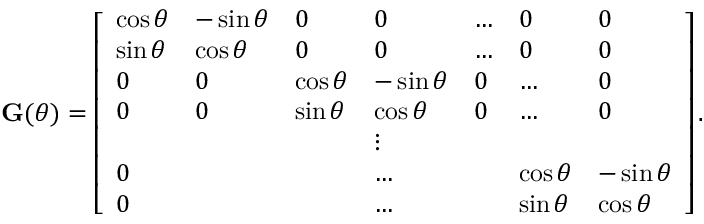
\mathbf G ( \theta ) = \left[ \begin{array} { l l l l l l l } { \cos { \theta } } & { - \sin { \theta } } & { 0 } & { 0 } & { \dots } & { 0 } & { 0 } \\ { \sin { \theta } } & { \cos { \theta } } & { 0 } & { 0 } & { \dots } & { 0 } & { 0 } \\ { 0 } & { 0 } & { \cos { \theta } } & { - \sin { \theta } } & { 0 } & { \dots } & { 0 } \\ { 0 } & { 0 } & { \sin { \theta } } & { \cos { \theta } } & { 0 } & { \dots } & { 0 } \\ & & & { \vdots } \\ { 0 } & & & { \dots } & & { \cos { \theta } } & { - \sin { \theta } } \\ { 0 } & & & { \dots } & & { \sin { \theta } } & { \cos { \theta } } \end{array} \right] .